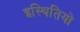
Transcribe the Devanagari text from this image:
इस्थितियो